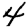
Digit: 4